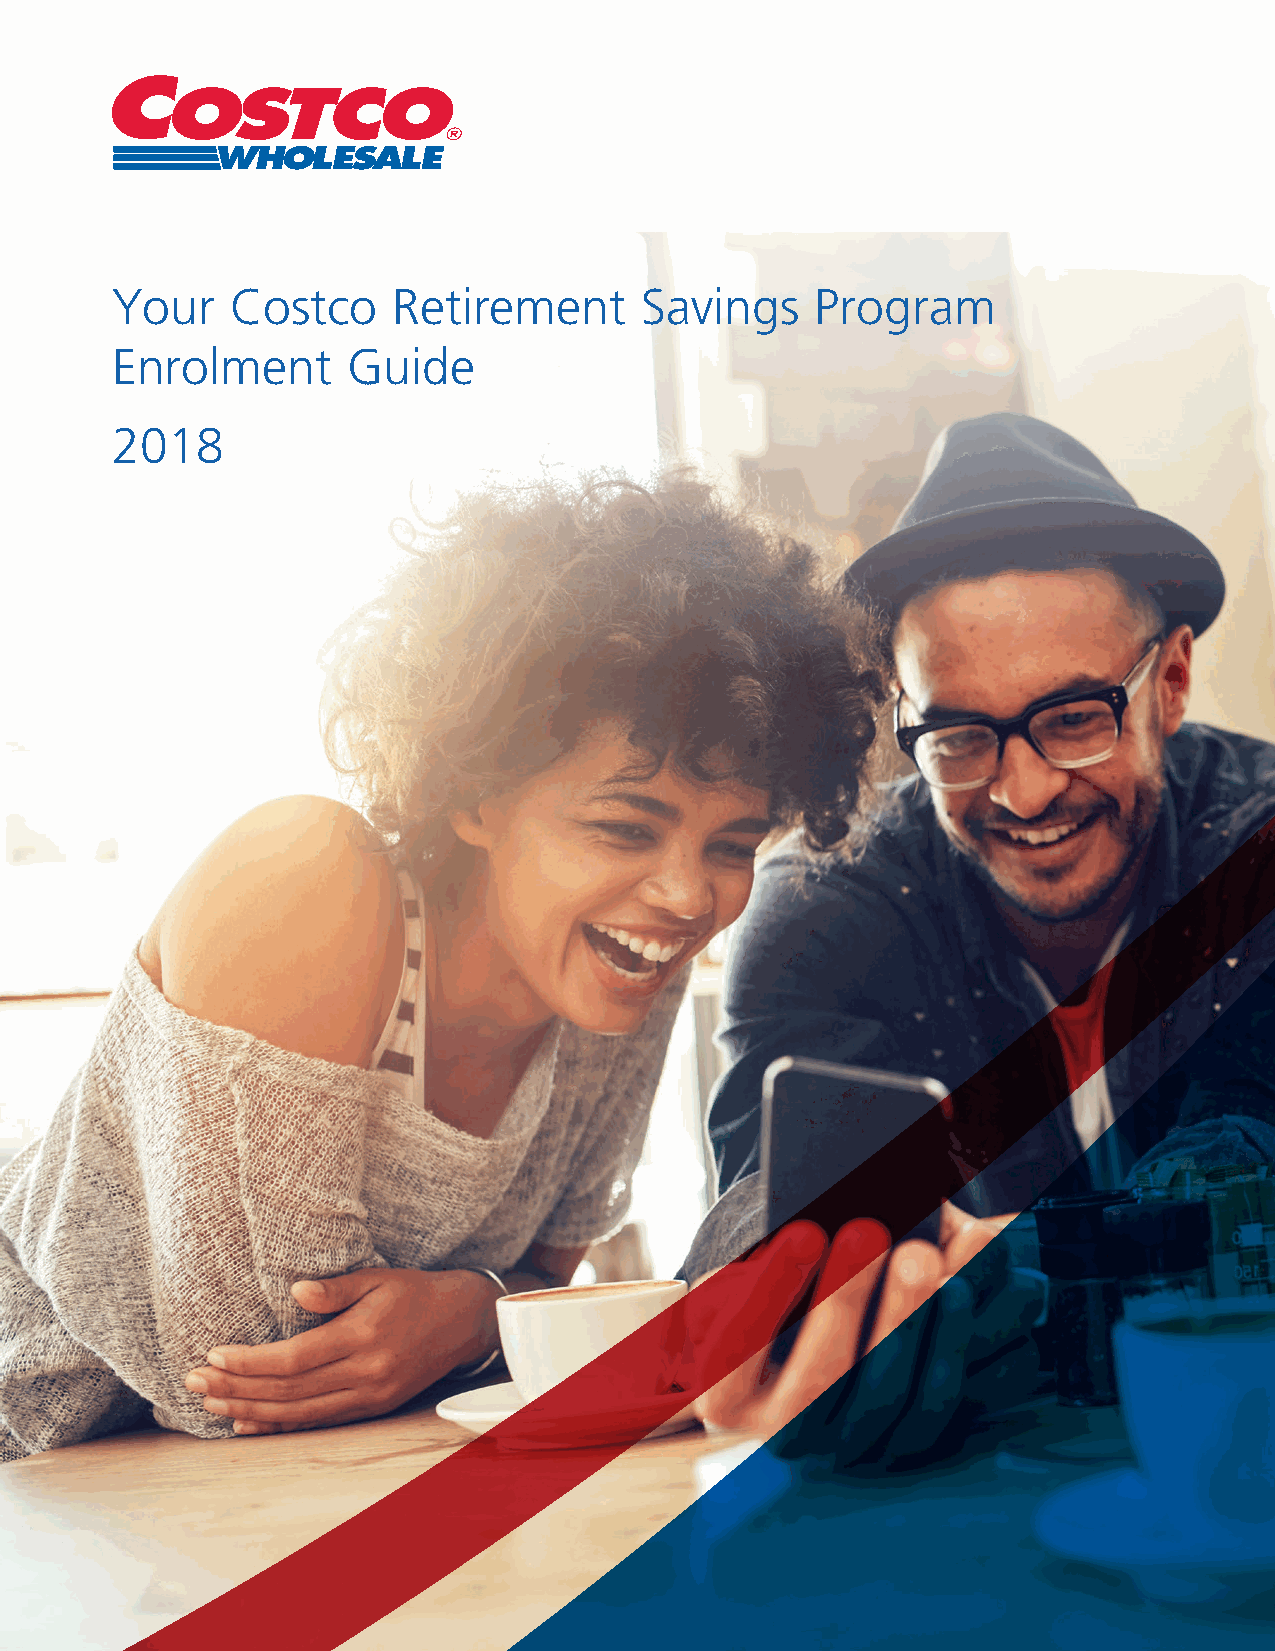
Your    Costco     Retirement      Savings     Program
 Enrolment       Guide
 2018